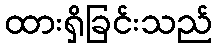
ထားရှိခြင်းသည်